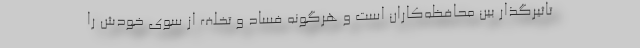
تاثیرگذار بین محافظه‌کاران است و هرگونه فساد و تخلف از سوی خودش را